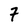
Character: 7